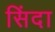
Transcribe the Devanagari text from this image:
सिंदा